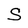
Character: S